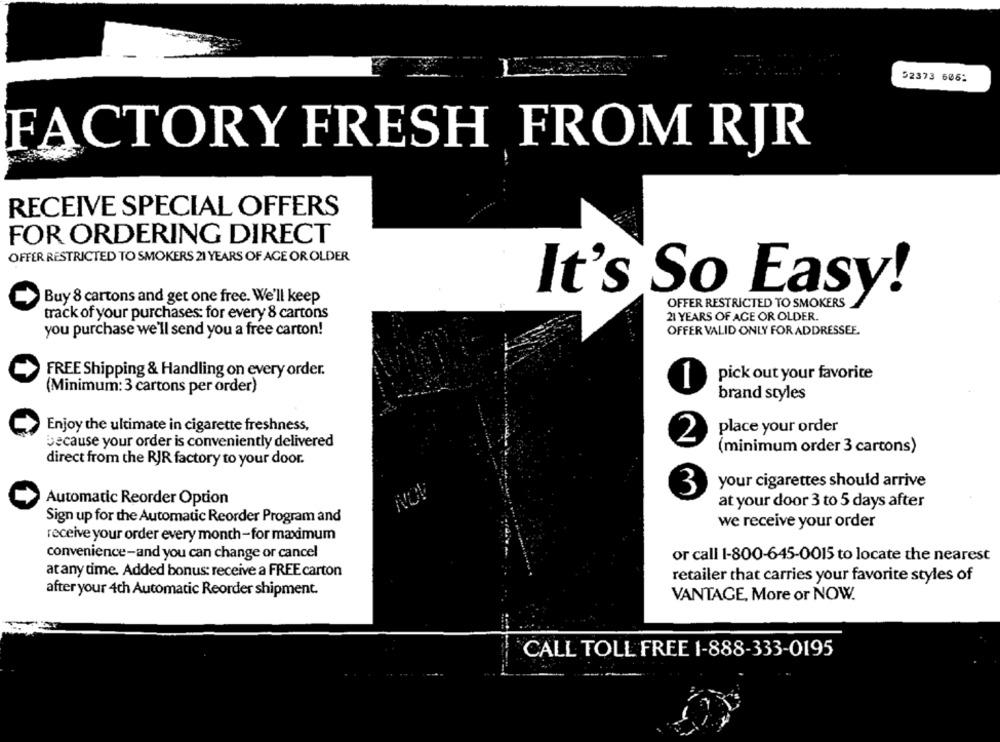
52373 606:
FACTORY FRESH FROM RJR
RECEIVE SPECIAL OFFERS
FOR ORDERING DIRECT
OFFER RESTRICTED TO SMOKERS 21 YEARS OF AGE OR OLDER
Buy 8 cartons and get one free. We'll keep
It's So Easy!
OFFER RESTRICTED TO SMOKERS
track of your purchases: for every 8 cartons
21 YEARS OF AGE OR OLDER.
you purchase we'll send you a free carton!
OFFER VALID ONLY FOR ADDRESSEE.
FREE Shipping & Handling on every order.
pick out your favorite
(Minimum: 3 cartons per order)
brand styles
Enjoy the ultimate in cigarette freshness,
place your order
because your order is conveniently delivered
2
(minimum order 3 cartons)
direct from the RJR factory to your door.
your cigarettes should arrive
3
Automatic Reorder Option
at your door 3 to 5 days after
Sign up for the Automatic Reorder Program and
we receive your order
receive your order every month - for maximum
convenience-and you can change or cancel
or call 1-800-645-0015 to locate the nearest
atany time. Added bonus: receive a FREE carton
retailer that carries your favorite styles of
after your 4ch Automatic Reorder shipment.
VANTAGE, More or NOW.
CALL TOLL FREE 1-888-333-0195